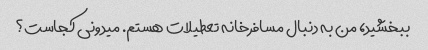
ببخشید، من به دنبال مسافرخانه تعطیلات هستم. میدونی کجاست؟